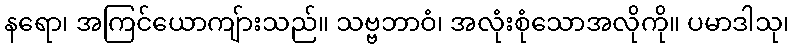
နရော၊ အကြင်ယောကျ်ားသည်။ သဗ္ဗဘာဝံ၊ အလုံးစုံသောအလိုကို။ ပမာဒါသု၊